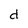
Character: d